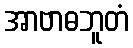
အာဗာဓဘူတံ